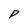
Character: P